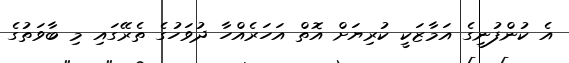
އެ ކުންފުނީގެ އަމާޒަކީ ކުރިޔަށް އޮތް އަހަރެއްހާ ދުވަހުގެ ތެރޭގައި މި ބާވަތުގެ